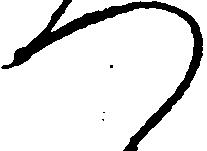
つ